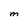
Character: M